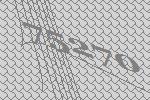
75270